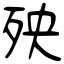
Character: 殃